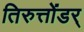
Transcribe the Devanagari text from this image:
तिरुत्तोंडर्